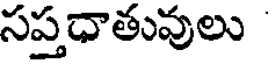
సప్తధాతువులు